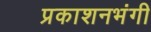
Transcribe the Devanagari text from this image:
प्रकाशनभंगी